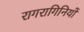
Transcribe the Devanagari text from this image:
रागरागिनियों